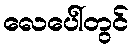
လေပေါ်တွင်